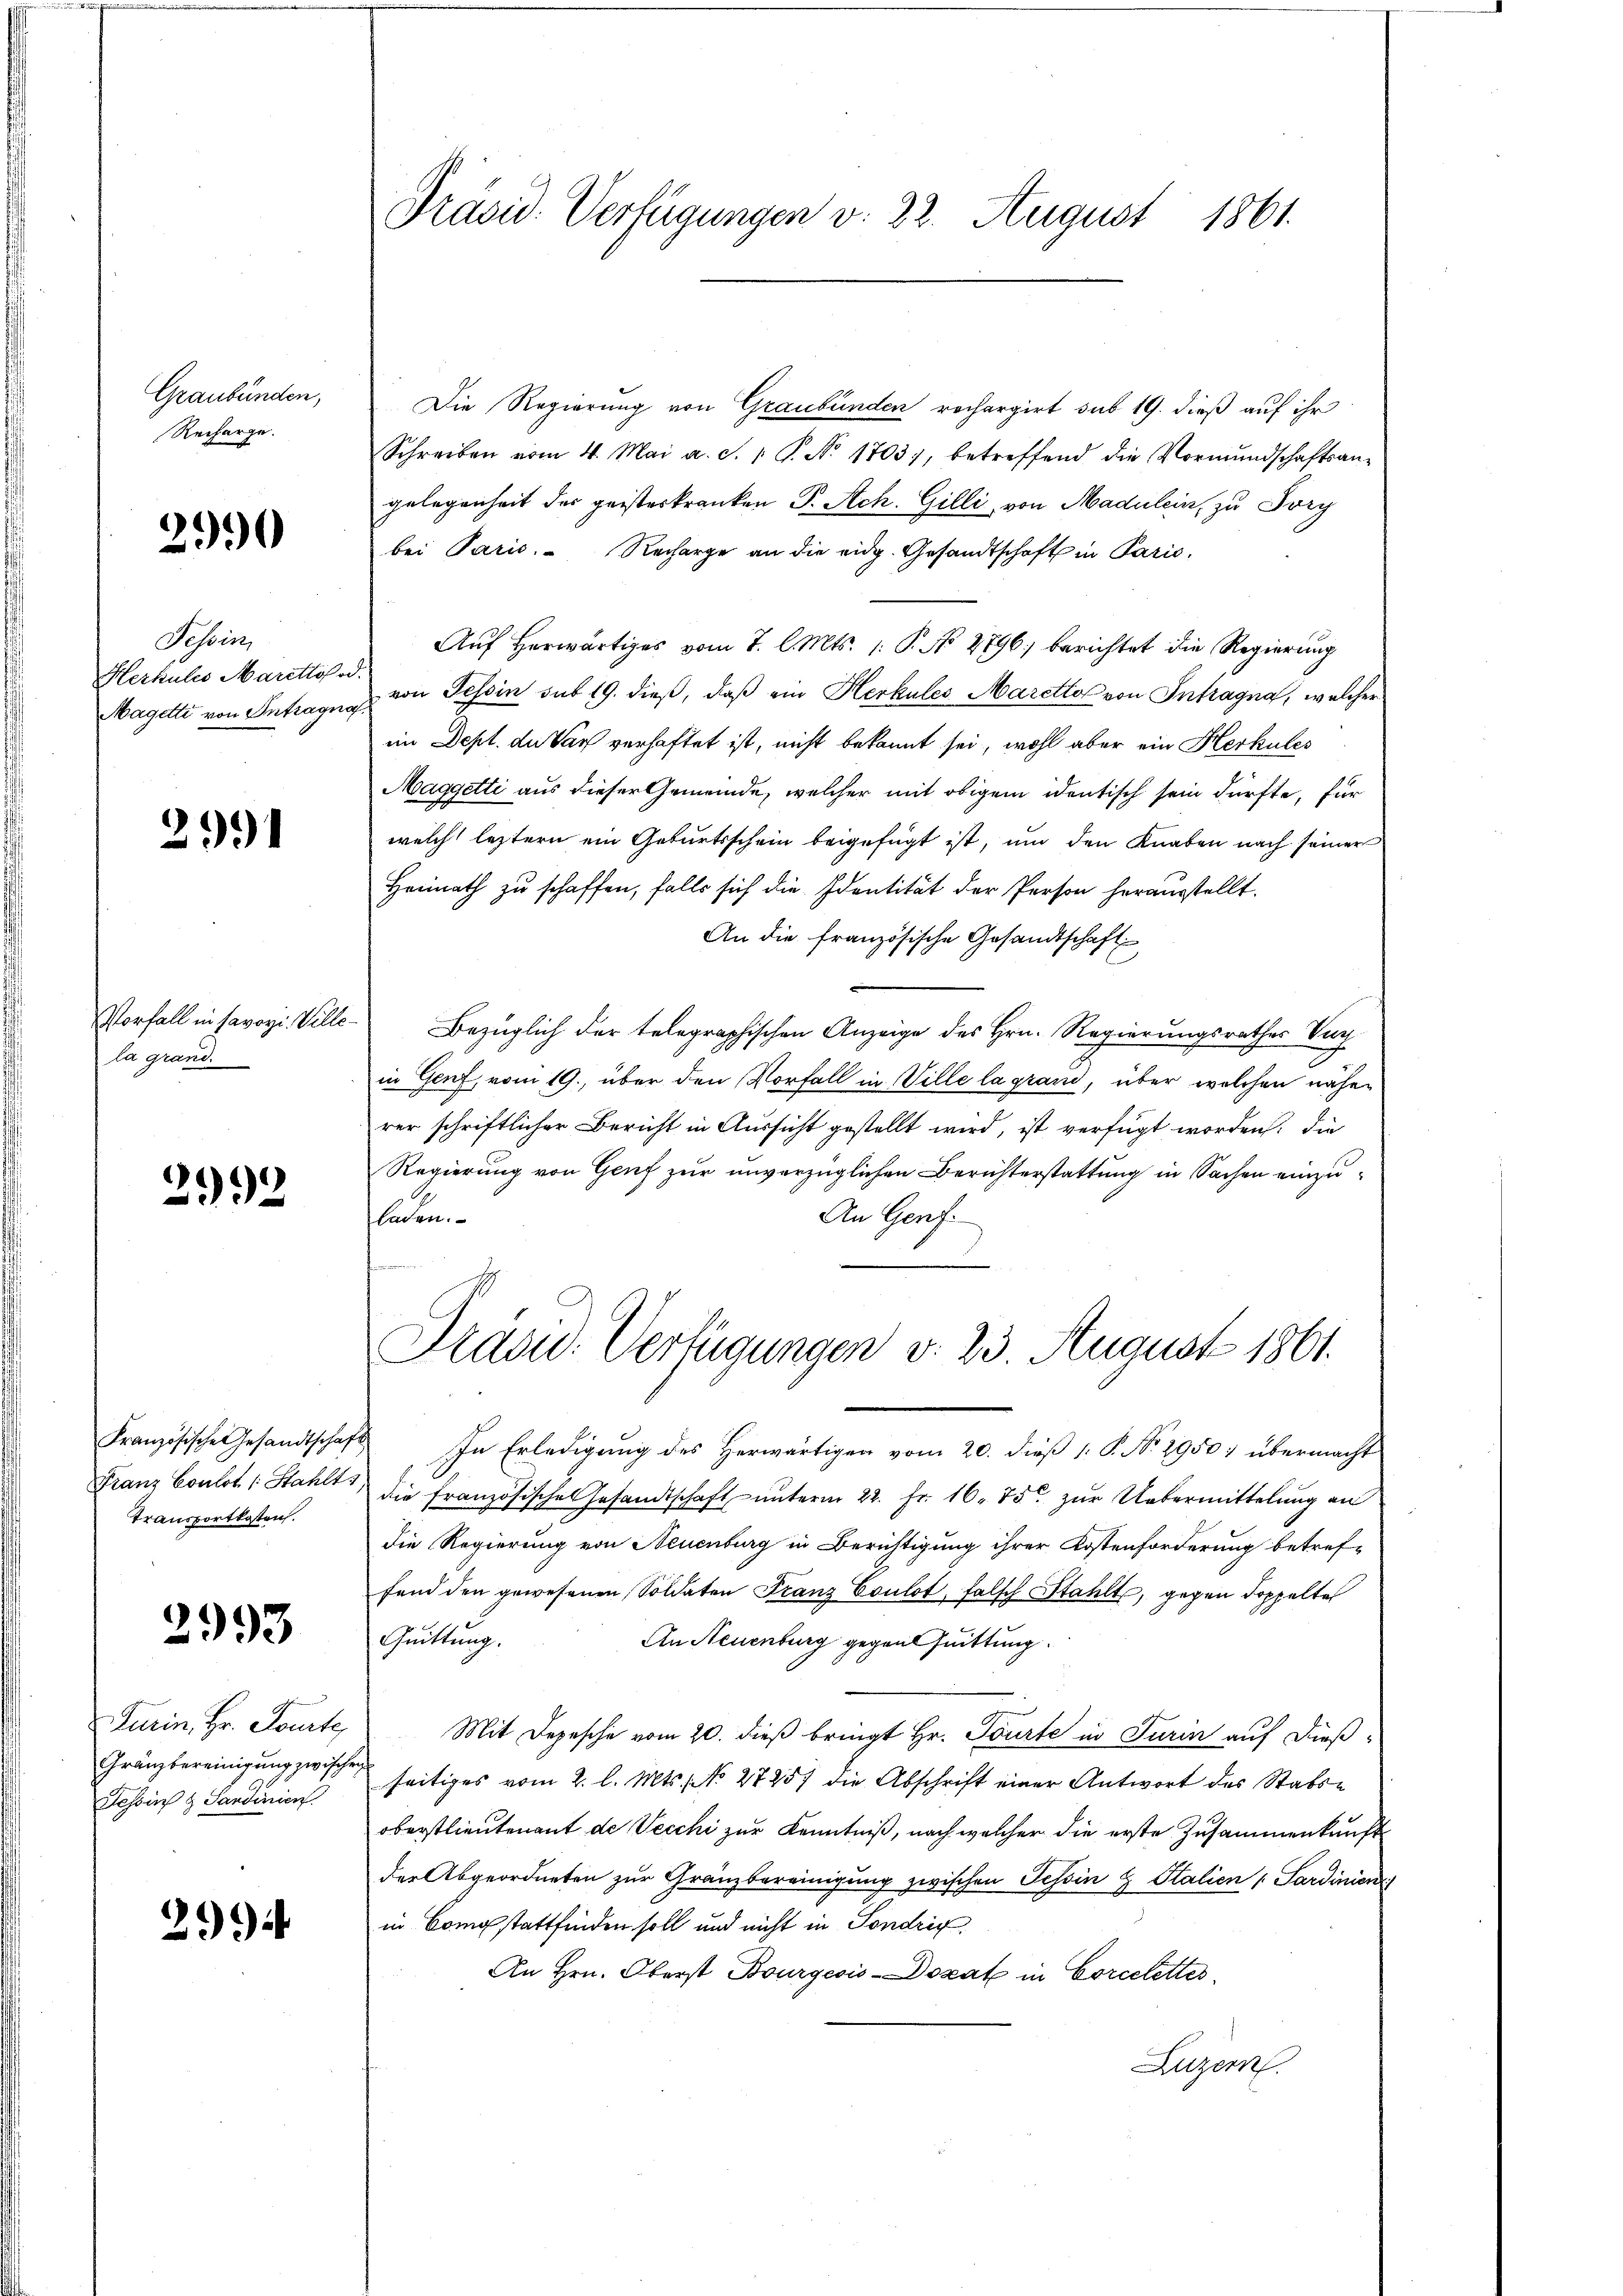
Graubünden,
Recharge.

2990

Tessin,
Herkulis Maretto.
Magetti von Intragen,

2991

Vorfall in savoyi. Villela grand.

2992

Französische Gesandtschaf
Franz Coulot /: Stahls,
Transportkosten.

2993

Turin, Hr. Pourte
Gränzbereinigung zwische
Jesoins & Sandinien.

2994

Präsid. Verfügungen v. 22. August 1861.

Die Regierung von Graubünden rechargirt sub 19. dieß auf ihr
Schreiben vom 4. Mai a. S. 1 S. Nr. 1703), betreffend die Vormŭndschaftsan-
gelegenheit des geisteskranken P. Sch. Gilli, von Madulein, zu Sorg
bei Paris. Recharge an die eidg. Gesandtschaft in Paris,
Auf herwärtiges vom 7. l. Mts. (: P. No 2796) berichtet die Regierung
von Tessin sub 19. dieß, daß ein Herkules Maretto von Intragna, welcher
im Dept. du Var verhaftet ist, nicht bekannt sei, wohl aber ein Herkules
Maggetti aus dieser Gemeinde, welcher mit obigem identisch sein dürfte, für
welch leztern ein Geburtsschein beigefügt ist, und den Knaben nach seiner
Heimath zu schaffen, falls sich die Identität der Person herausstellt.
An die französische Gesandtschaft
Bezüglich der telegraphischen Anzeige des Hrn. Regierungsrathes Verh
in Genf, vom 19., über den Vorfall in Ville la gran, über welchen näher
rer schriftlicher Bericht in Aussicht gestellt wird, ist verfügt worden. Die
Regierung von Genf zur unverzüglichen Berichterstattung in Sachen einzufladen.
An Genf.
Prand. Verfügungen d. 23. August 1861.
 In Erledigung des Herwärtigen vom 20. dieß 1: P. No. 29507 übermacht
die französische Gesandtschaft unterm 22. Fr. 16. 75. zur Uebermittelung an
Die Regierung von Neuenburg in Berichtigung ihrer Kostenforderung betref-
fend den gewesenen Soldaten Franz Coulot, falsch Stahlte, gegen doppelte
Quittung.
An Neuenburg gegensuittung.
Mit Depesche vom 20. dieß bringt Hr. Tourte in Turin auf dieß-
seitiges vom 2. l. Mts. No 27257 die Abschrift einer Antwort des Stabse
oberstlieutenant de Vecchi zur Kenntniß, nach welcher die erste Zusammenkunft
der Abgeordneten zur Gränzbereinigung zwischen Tessin & Stalien 1 Sardinien
in Constattfinden soll und nicht in Sondrig
An Hrn. Oberst Bourgeois-Dokat in Corcelettes
Luzern